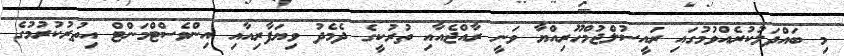
މި ބައްދަލުކުރެއްވުމުގައި ރައީސުލްޖުމްހޫރިއްޔާ ވަނީ ރާއްޖެއާއި ތުރުކީގެ ދެމެދު ވިޔަފާރިއާއި އިންވެސްޓްމަންޓް އިތުރުކުރުމުގެ